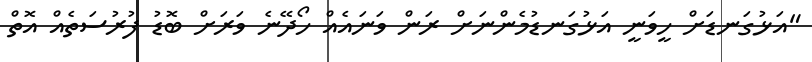
"އަޅުގަނޑަށް ހީވަނީ އަޅުގަނޑުމެންނަށް ރަން ވަނައެއް ހޯދޭނެ ވަރަށް ބޮޑު ފުރުސަތެއް އޮތް